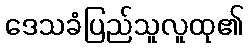
ဒေသခံပြည်သူလူထု၏